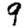
Digit: 9